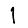
Digit: 1